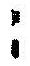
: